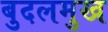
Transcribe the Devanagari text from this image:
बुदलमुख